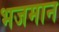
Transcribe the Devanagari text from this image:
भजमान